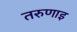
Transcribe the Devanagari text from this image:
तरुणाइ